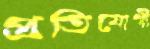
প্রতিযোগী